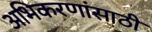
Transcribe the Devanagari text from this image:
अभिकरणांसाठी